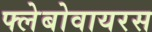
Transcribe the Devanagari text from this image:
फ्लेबोवायरस